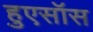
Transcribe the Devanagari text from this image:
हुएसॉस